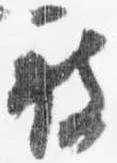
被